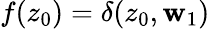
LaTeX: {f(z_{0})=\delta(z_{0},\mathbf{w}_{1})}